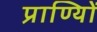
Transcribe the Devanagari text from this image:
प्राण्यिों